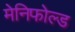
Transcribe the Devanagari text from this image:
मेनिफोल्ड